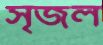
সৃজল